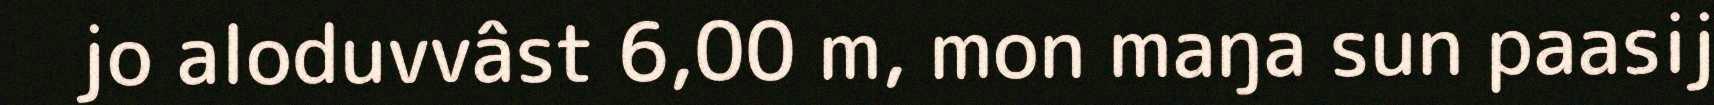
jo aloduvvâst 6,00 m, mon maŋa sun paasij